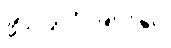
ခွင့်လွှတ်ခြင်းနှင့်